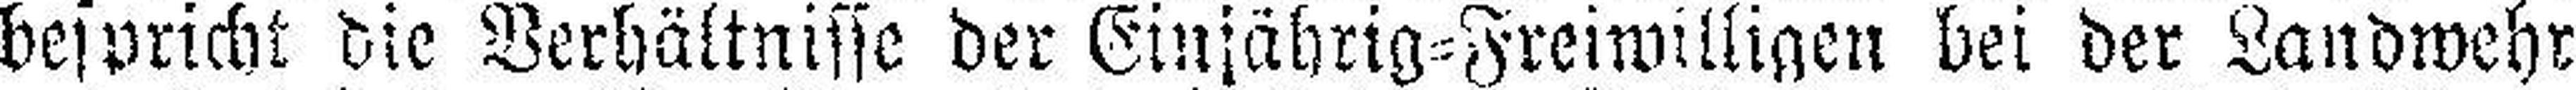
bespricht die Verhältnisse der Einjahrig=Freiwilligen bei der Landwehr